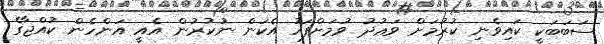
ސަބަބަކީ ކައިވެނި ކުރުމަށް ވަޢުދު ވުމަށްފަހު އެކަން ނުކުރުން އެއީ އަންހެން ކުއްޖާގެ